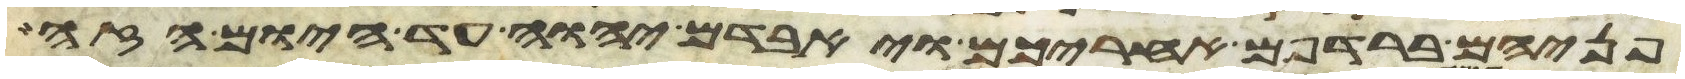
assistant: פניהם ברדפם אחריכם ויאבדם יהוה עד היום הזה